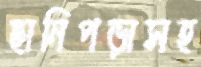
ছানিপড়াসহ